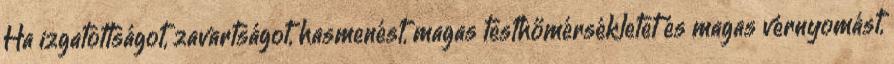
Ha izgatottságot, zavartságot, hasmenést, magas testhőmérsékletet és magas vérnyomást,